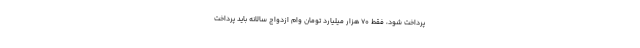
پرداخت شود، فقط ۷۰ هزار میلیارد تومان وام ازدواج سالانه باید پرداخت